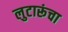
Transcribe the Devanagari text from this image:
लुटारूंचा